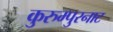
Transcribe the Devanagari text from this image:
कुरुम्पुरनाट